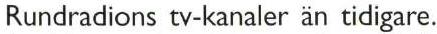
Rundradions tv-kanaler än tidigare.